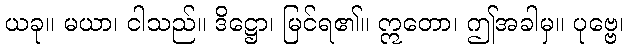
ယခု။ မယာ၊ ငါသည်။ ဒိဋ္ဌော၊ မြင်ရ၏။ ဣတော၊ ဤအခါမှ။ ပုဗ္ဗေ၊